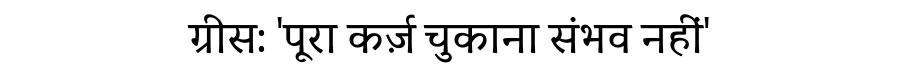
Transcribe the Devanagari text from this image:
ग्रीस: 'पूरा कर्ज़ चुकाना संभव नहीं'